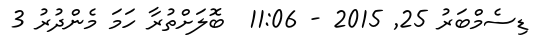
ޑިސެމްބަރު 25